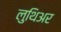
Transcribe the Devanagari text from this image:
लुथिअर